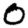
Digit: 0